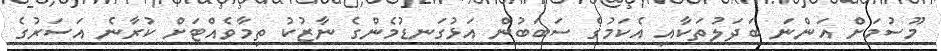
މޫސުމަށް އަންނަ ބަދަލުތަކާއި އެކަމުގެ ސަބަބުން އަޅުގަނޑުމެންގެ ނާޒުކު ތިމާވެއްޓަށް ކުރާނެ އަސަރުގެ